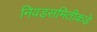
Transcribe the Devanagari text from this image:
निवडसमितीकडे